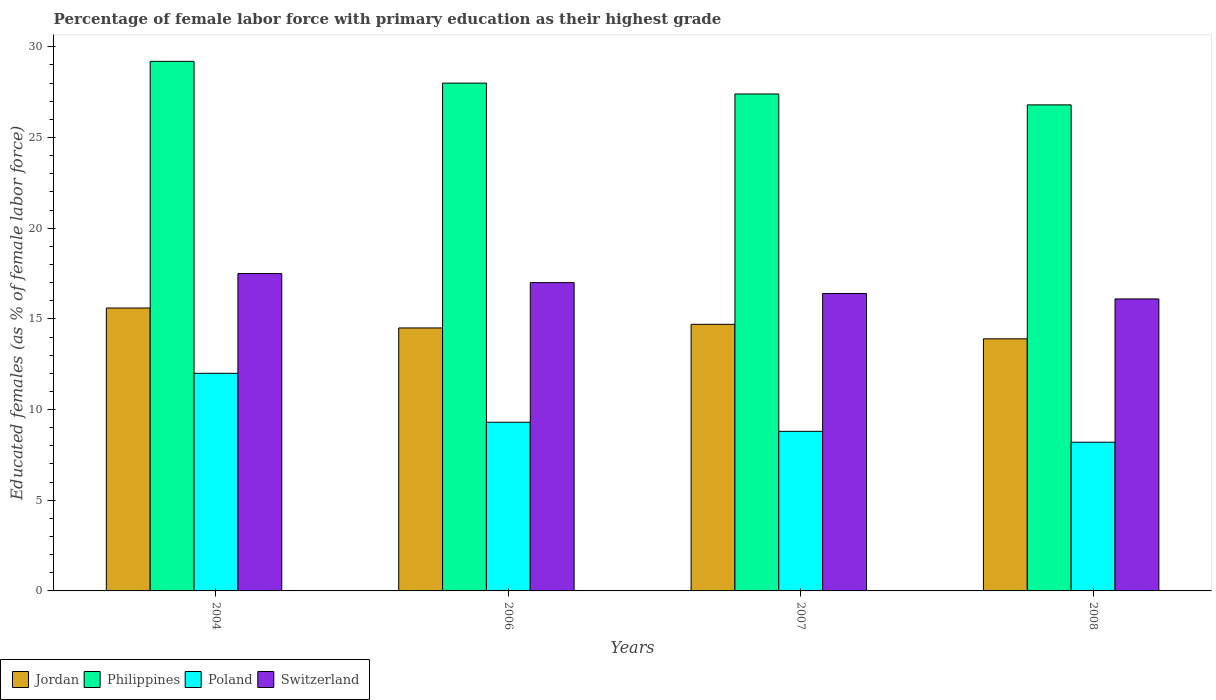
| Years | Jordan | Philippines | Poland | Switzerland |
 | --- | --- | --- | --- | --- |
 | 2004 | 15.6 | 29.2 | 12 | 17.5 |
 | 2006 | 14.5 | 28 | 9.3 | 17 |
 | 2007 | 14.7 | 27.4 | 8.8 | 16.4 |
 | 2008 | 13.9 | 26.8 | 8.2 | 16.1 |